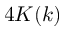
4 K ( k )